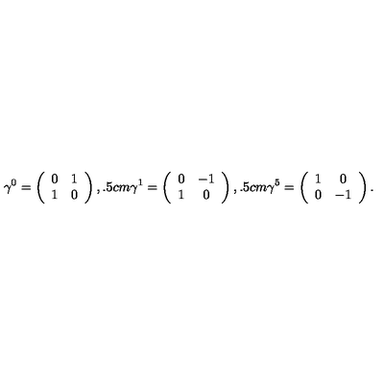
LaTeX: \gamma ^ { 0 } = \left( \begin{array} { c c } { 0 } & { 1 } \\ { 1 } & { 0 } \\ \end{array} \right) , \hspace * { 0 . 5 c m } \gamma ^ { 1 } = \left( \begin{array} { c c } { 0 } & { - 1 } \\ { 1 } & { 0 } \\ \end{array} \right) , \hspace * { 0 . 5 c m } \gamma ^ { 5 } = \left( \begin{array} { c c } { 1 } & { 0 } \\ { 0 } & { - 1 } \\ \end{array} \right) .